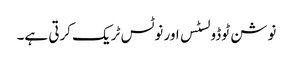
نوشن ٹوڈو لسٹس اور نوٹس ٹریک کرتی ہے۔